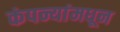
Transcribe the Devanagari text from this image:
कंपन्यांमधून